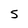
Character: 5